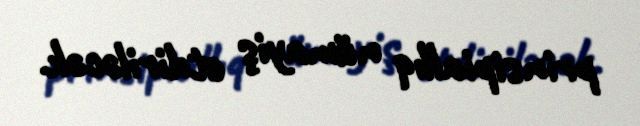
prinsipiallıq nümayiş etdiriləcək.